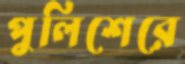
পুলিশেরে